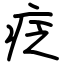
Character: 疺